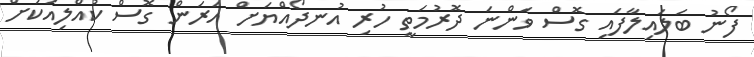
ފޯނު ބަލައިލާފައި ގޮސް ވަންނަ ދޮރުމަތީ ހުރި އުނދޯއްޔަށް އަރަން ގޮސް ކުއްލިއަކަށް